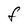
Character: F